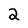
Character: 2